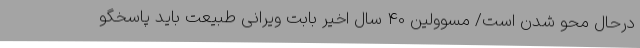
درحال محو شدن است/ مسوولین 40 سال اخیر بابت ویرانی طبیعت باید پاسخگو